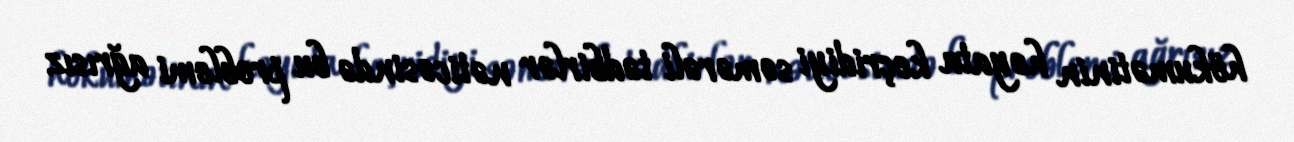
hökumətinin həyata keçridiyi səmərəli tədbirlər nəticəsində bu problemi ağrısız